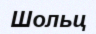
Шольц